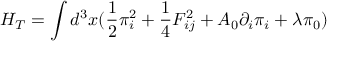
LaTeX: H _ { T } = \int d ^ { 3 } x ( \frac { 1 } { 2 } \pi _ { i } ^ { 2 } + \frac { 1 } { 4 } F _ { i j } ^ { 2 } + A _ { 0 } \partial _ { i } \pi _ { i } + \lambda \pi _ { 0 } )